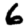
Digit: 6